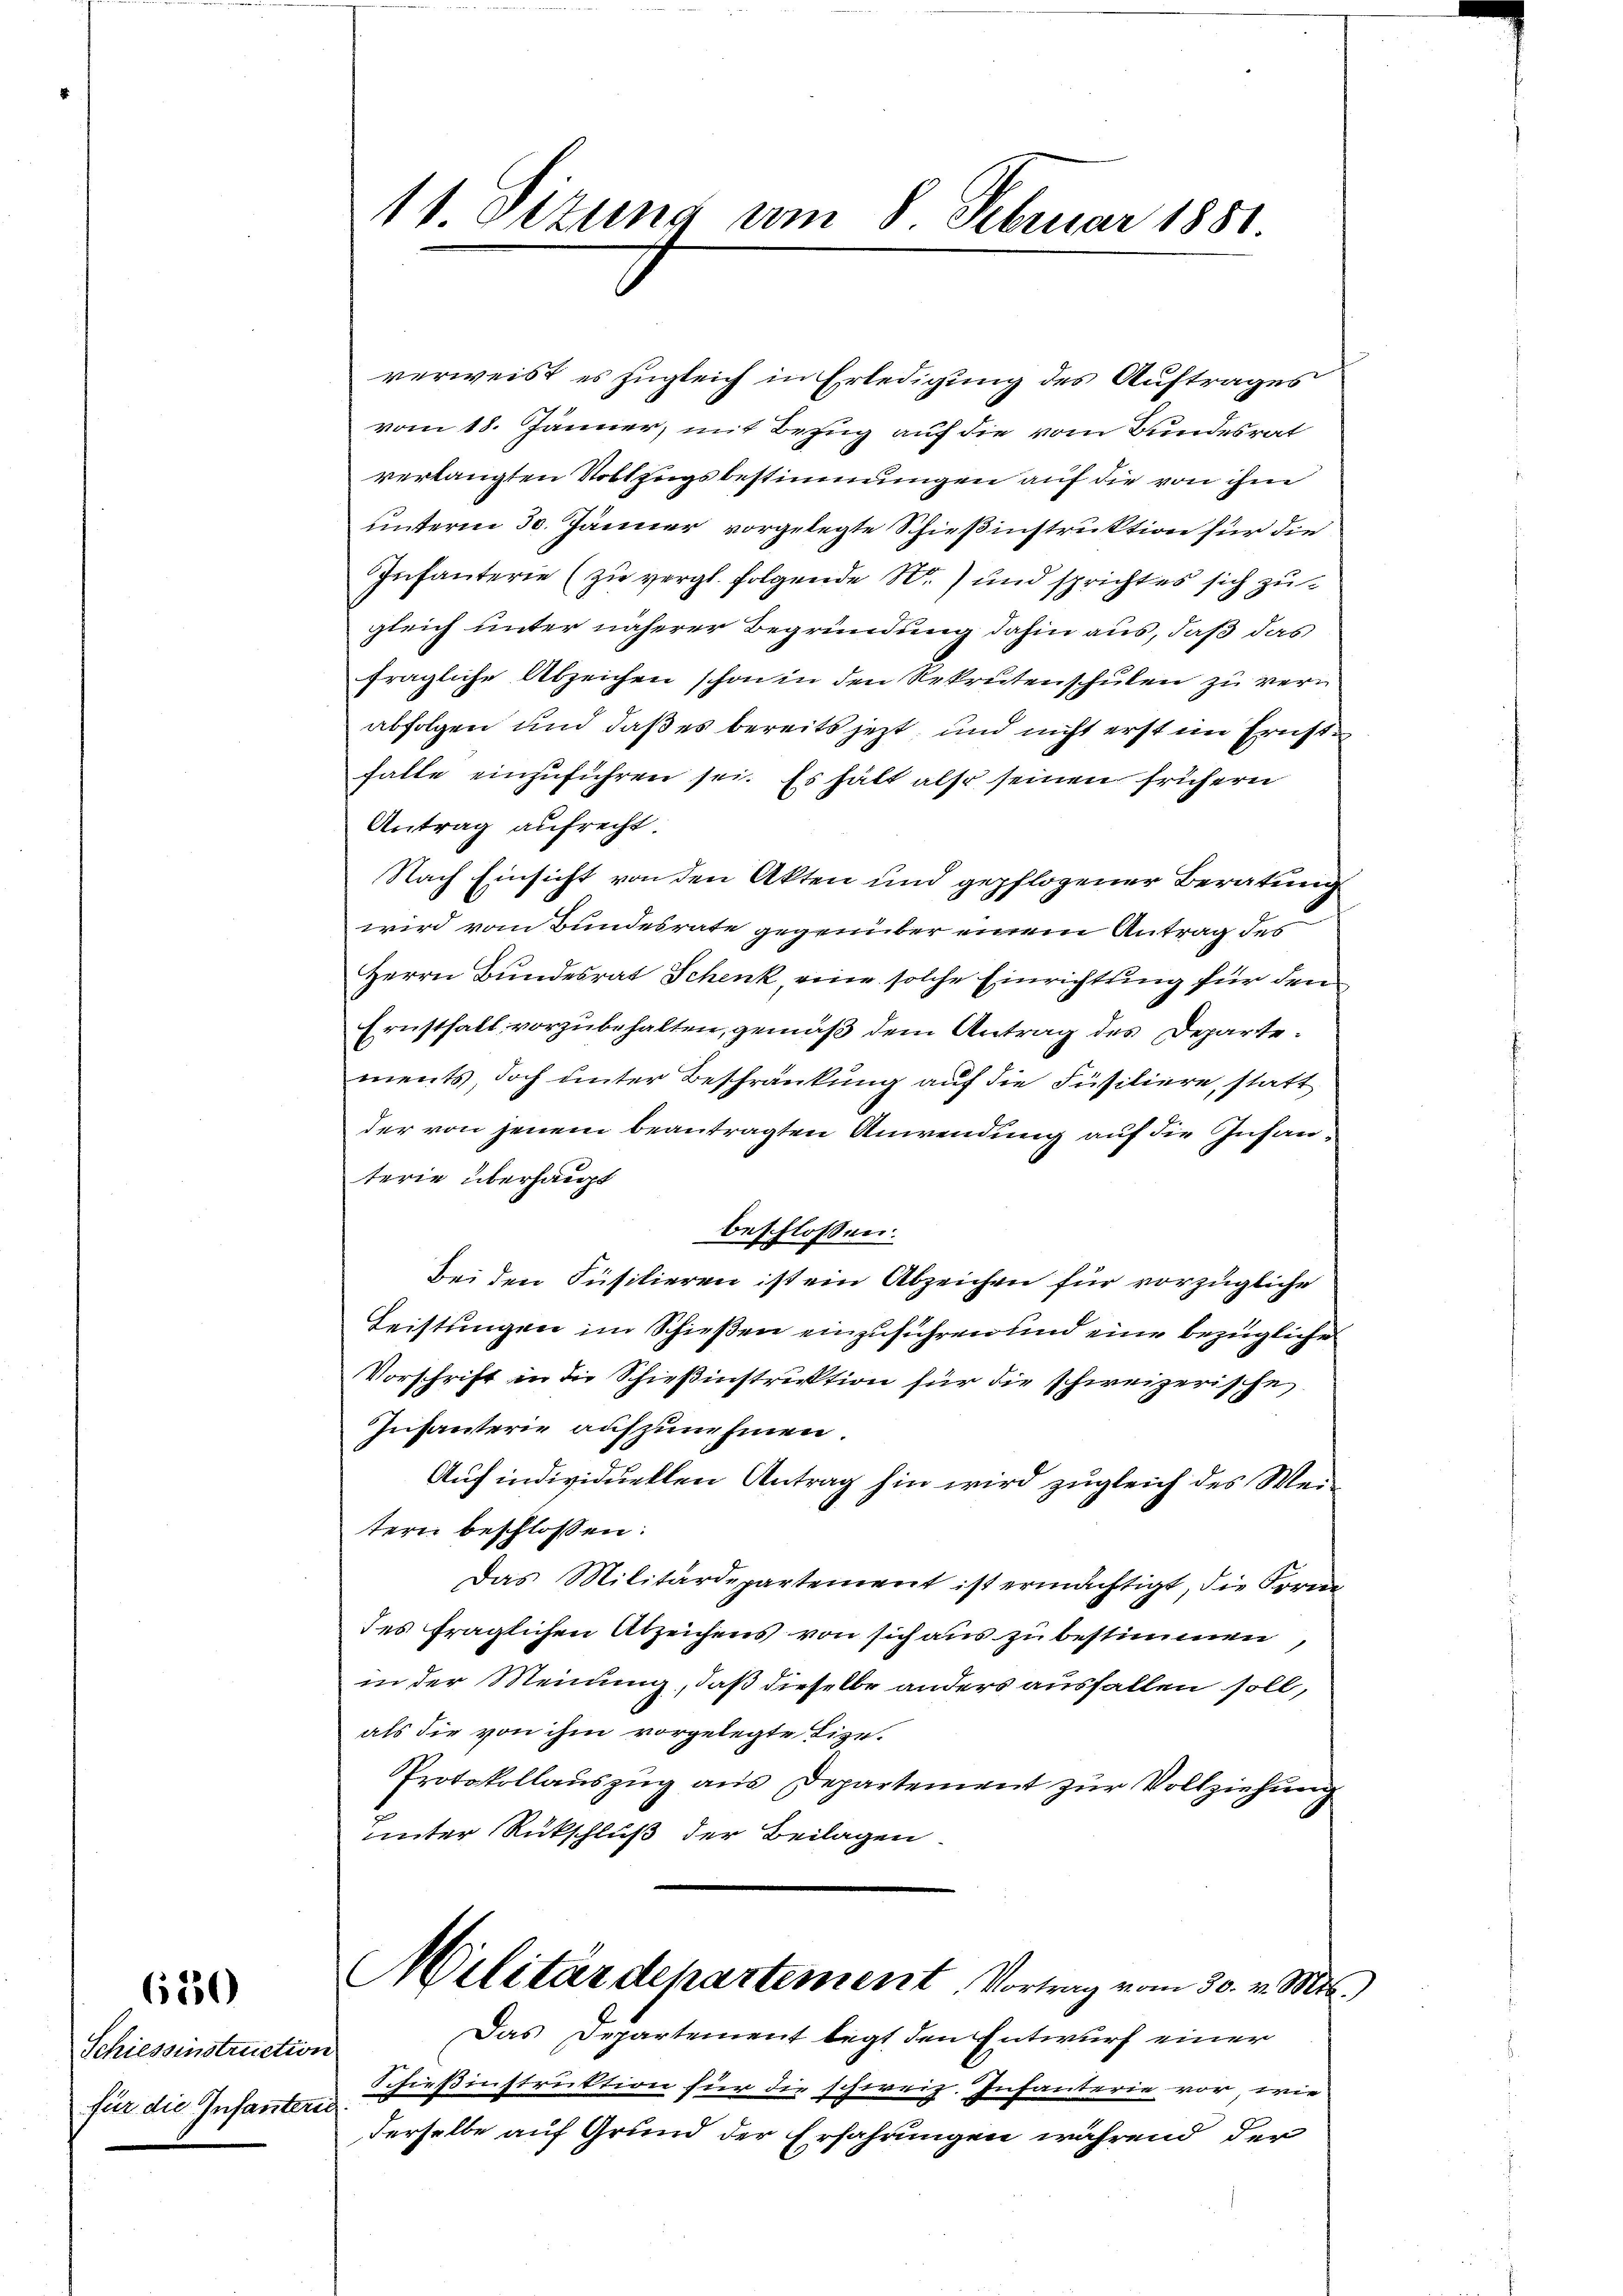
650

Schiessinstruction
für die Infanterie

verweist es zugleich in Erledigung des Auftrages
vom 18. Jänner, mit Bezug auf die vom Bundesrat
verlangten Vollzugsbestimmungen auf die von ihm
unterm 30. Jänner vorgelegte Schießinstruktion für die
Infanterie (zu vergl. folgende N.) und sprichtes sich zu
gleich unter näherer Begründung dahin aus, daß das
fragliche Abzeichen schon in den Rekrutenschulen zu verabfolgen und daß es bereits jezt, und nicht erst im Ernsthalte einzuführen sei. Es hält also seinen frühern
Antrag aufrecht
Nach Einsicht von den Akten und gepflogener Beratung
wird vom Bundesrate gegenüber einem Antrag des
Herrn Bundesrat Schenk, eine solche Einrichtung für den
Ernstfall vorzubehalten, gemäß dem Antrag des Departements, doch unter Beschränkung auf die Füsiliere, statt
der von jenem beantragten Anwendung auf die Zusanterie überhaupt
beschlossen:
Bei den Füsilieren ist ein Abzeichen für vorzügliche
Leistungen im Schießen einzuführen und eine bezügliche
Vorschrift in die Schießinstruktion für die schweizerische
Insanterie aufzunehmen.
Auf individuellen Antrag hin wird zugleich des Weitern beschlossen:
Das Militärdepartement ist ermächtigt, die Formen
des fraglichen Abzeichens von sich aus zu bestimmen,
in der Meinung, daß dieselbe anders ausfallen soll,
als die von ihm vorgelegte Tize¬
Protokollauszug aus Departement zur Vollziehung
unter Rückschluß der Beilagen.
Militärdepartement. Vortrag vom 30. v. Mts.,
Das Departement legt den Entwurf einer
Schießinstruktion für die schweiz. Infanterie vor, wie
derselbe auf Grund der Erfahrungen während der

11 Sizung am 8. Februar 1881